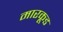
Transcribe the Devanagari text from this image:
मारकूड